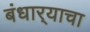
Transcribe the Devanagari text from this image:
बंधार्‍याचा